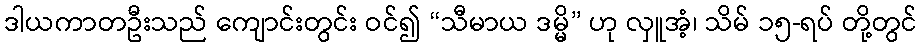
ဒါယကာတဦးသည် ကျောင်းတွင်း ဝင်၍ “သီမာယ ဒမ္မိ” ဟု လှူအံ့၊ သိမ် ၁၅-ရပ် တို့တွင်